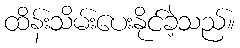
ထိန်းသိမ်းပေးနိုင်ခဲ့သည်။